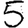
Digit: 5